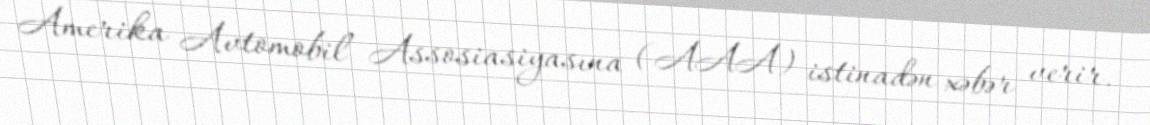
Amerika Avtomobil Assosiasiyasına (AAA) istinadən xəbər verir.